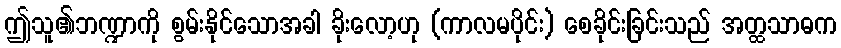
ဤသူ၏ဘဏ္ဍာကို စွမ်းနိုင်သောအခါ ခိုးလော့ဟု (ကာလမပိုင်း) စေခိုင်းခြင်းသည် အတ္ထသာဓက